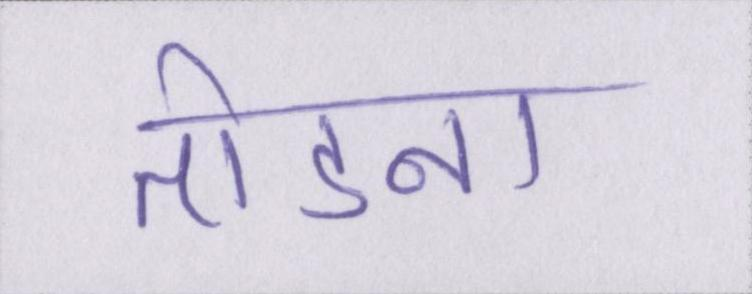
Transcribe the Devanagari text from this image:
तोडना